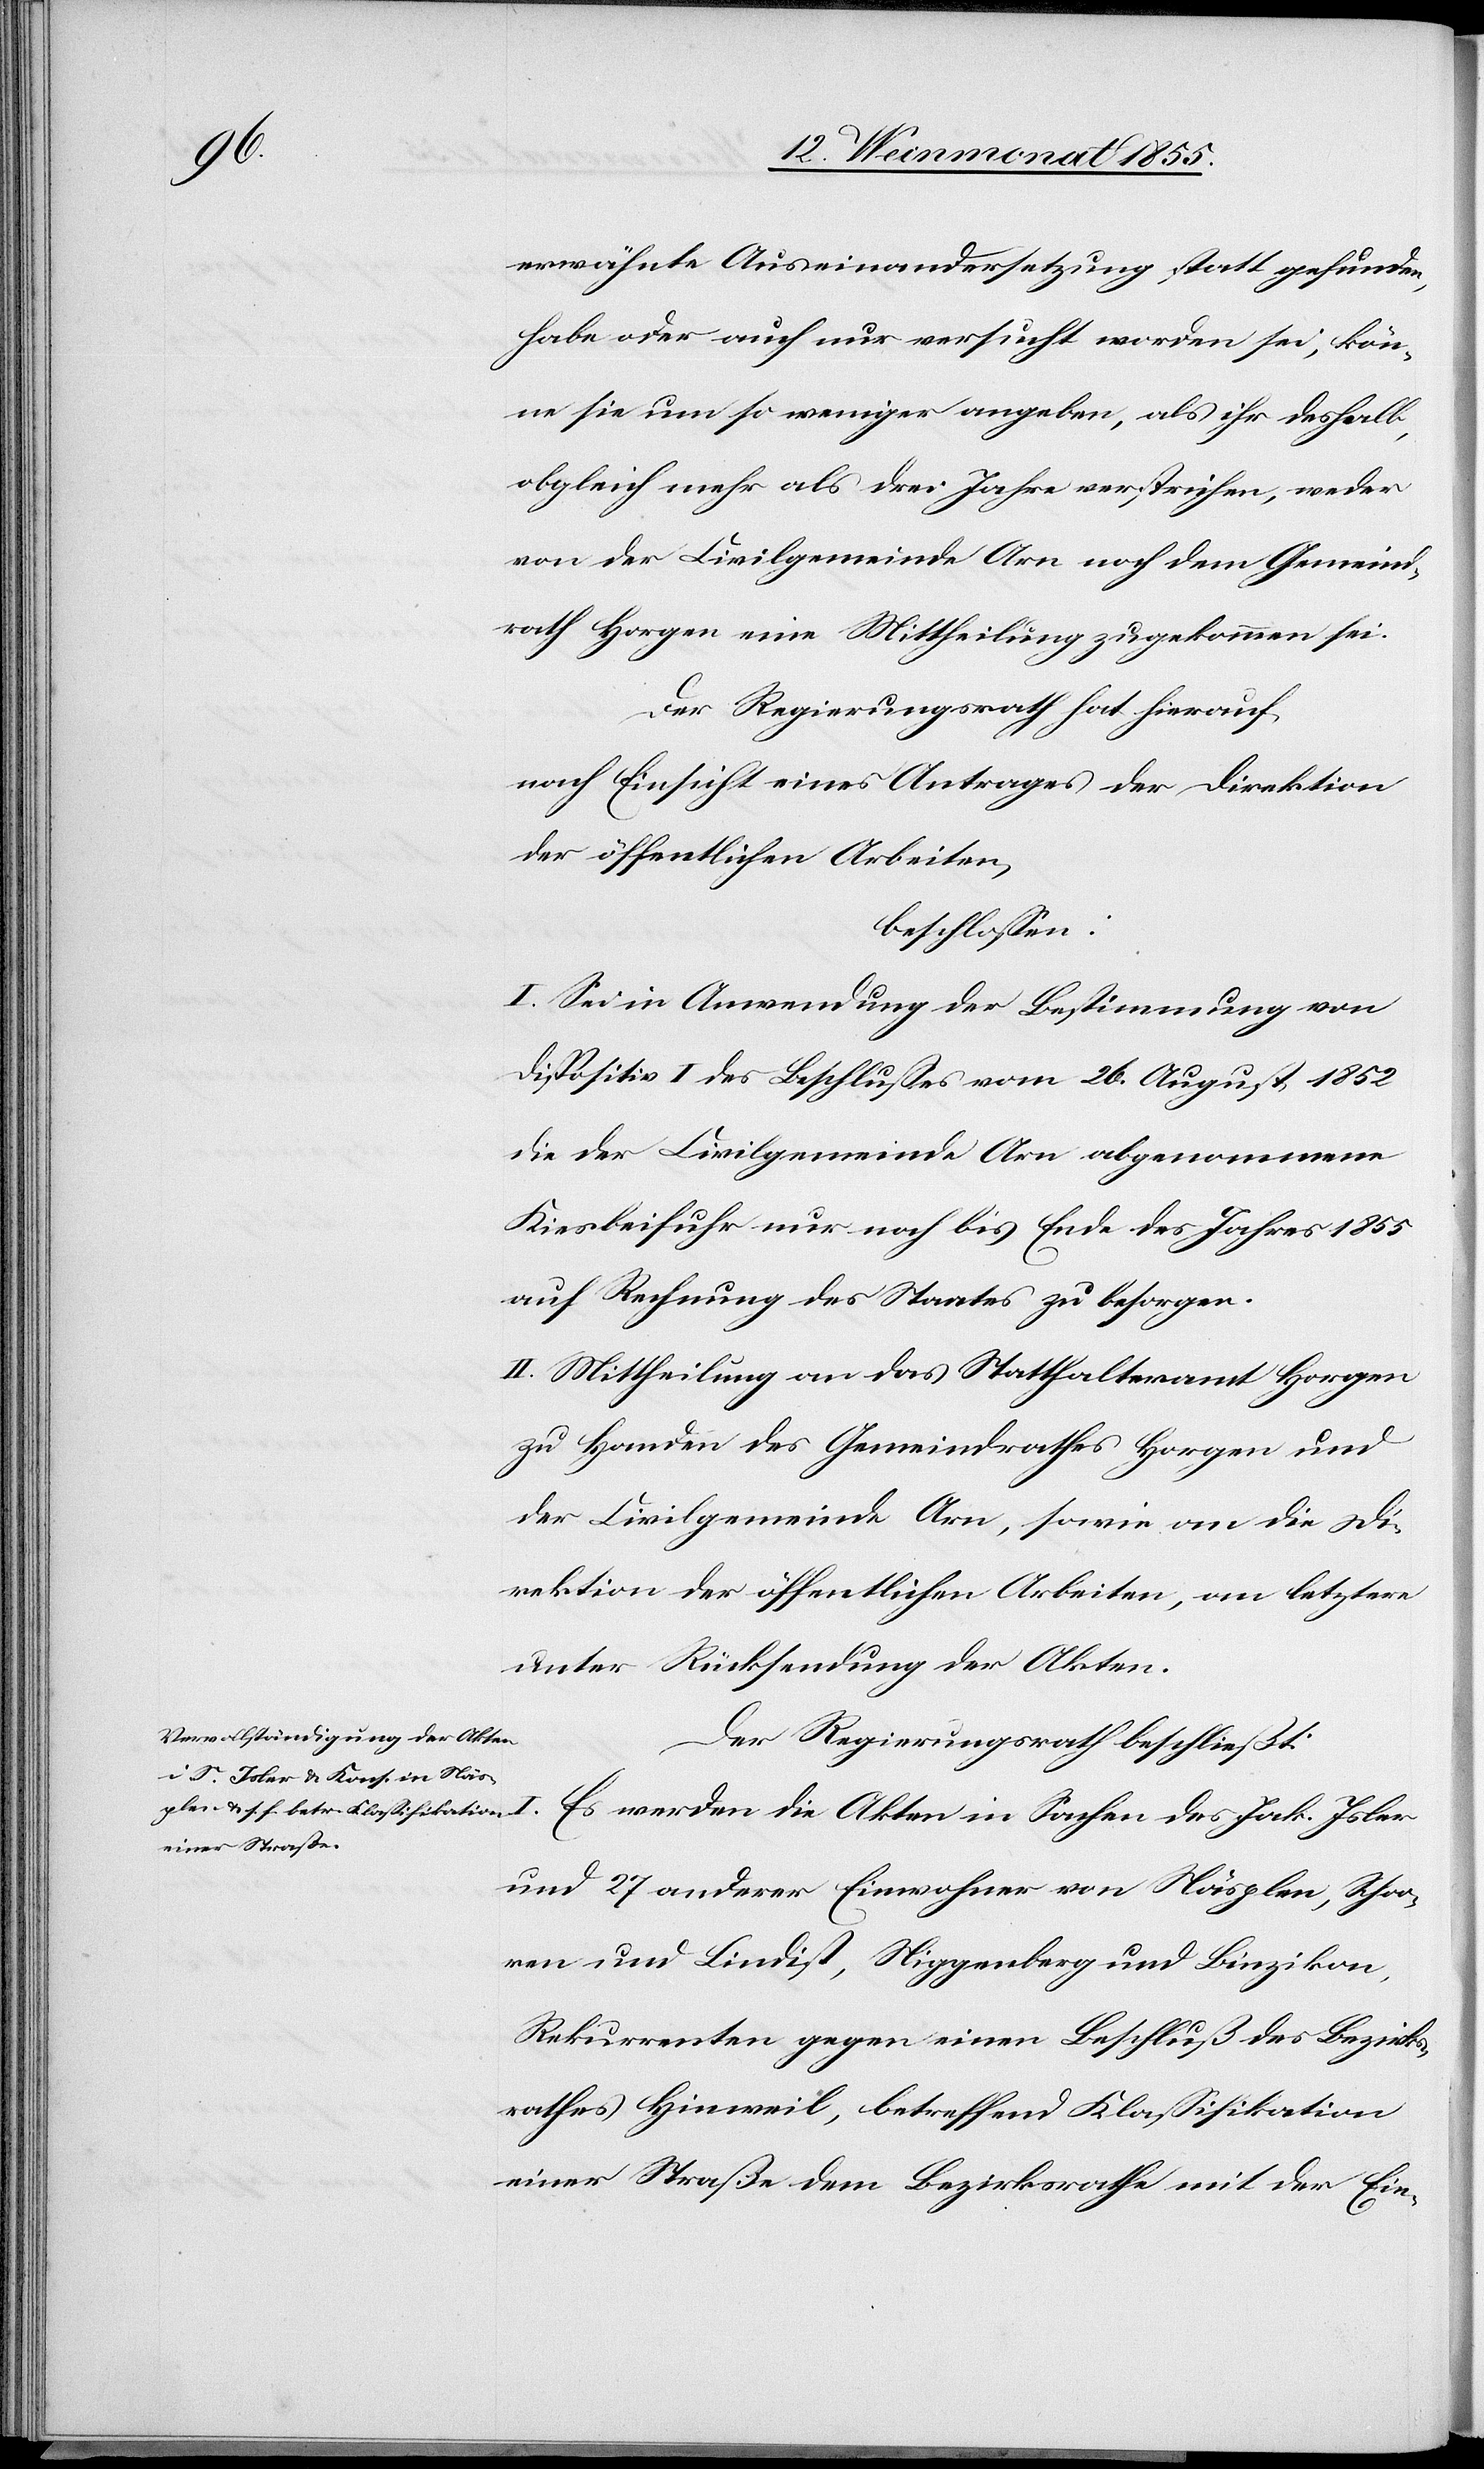
I.

erwähnte Auseinandersetzung statt gefunden
habe oder auch nur versucht worden sei, kön¬
ne sie um so weniger angeben, als ihr deshalb,
obgleich mehr als drei Jahre verstrichen, weder
von der Civilgemeinde Arn noch dem Gemeind¬
rath Horgen eine Mittheilung zugekommen sei.
Der Regierungsrath hat hierauf,
nach Einsicht eines Antrages der Direktion
der öffentlichen Arbeiten,
beschlossen:
I. Sei in Anwendung der Bestimmung von
Dispositiv I des Beschlusses vom 26. August 1852
die der Civilgemeinde Arn abgenommene
Kiesbeifuhr nur noch bis Ende des Jahres 1855
auf Rechnung des Staates zu besorgen.
II. Mittheilung an das Statthalteramt Horgen
zu Handen des Gemeindrathes Horgen und
der Civilgemeinde Arn, sowie an die Di¬
rektion der öffentlichen Arbeiten, an letztere
unter Rücksendung der Akten.
Der Regierungsrath beschließt:
Es werden die Akten in Sachen des Jak. Isler
und 27 anderer Einwohner von Näsplen, Schoo¬
ren und Lindist, Niggenberg und Binzikon,
Rekurrenten gegen einen Beschluß des Bezirks¬
rathes Hinweil, betreffend Klassifikation
einer Straße dem Bezirksrathe mit der Ein-